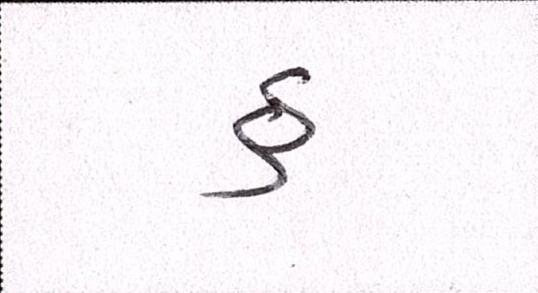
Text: હુ